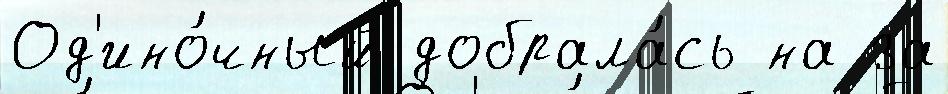
Од'ино́чный добрала́сь на за